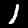
Label: 1